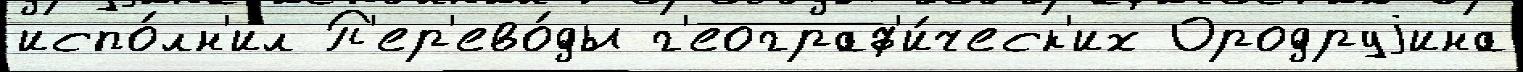
испо́лн'ил П'ер'ево́ды г'еограф'и́ческ'их Ородруjина